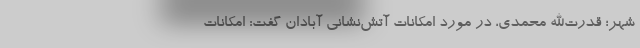
شهر؛ قدرت‌الله محمدی، در مورد امکانات آتش‌نشانی آبادان گفت: امکانات